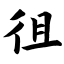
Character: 徂